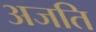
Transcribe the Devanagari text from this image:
अजति